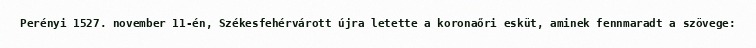
Perényi 1527. november 11-én, Székesfehérvárott újra letette a koronaőri esküt, aminek fennmaradt a szövege: